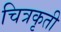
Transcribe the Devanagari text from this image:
चित्रकृती